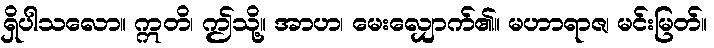
ရှိပါသလော။ ဣတိ၊ ဤသို့။ အာဟ၊ မေးလျှောက်၏။ မဟာရာဇ၊ မင်းမြတ်။